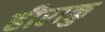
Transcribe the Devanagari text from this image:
हीराकु